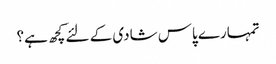
تمہارے پاس شادی کے لئے کچھ ہے؟